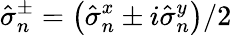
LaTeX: \hat{\sigma}_{n}^{\pm}=\left(\hat{\sigma}_{n}^{x}\pm i\hat{\sigma}_{n}^{y}\right)/2